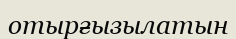
отырғызылатын